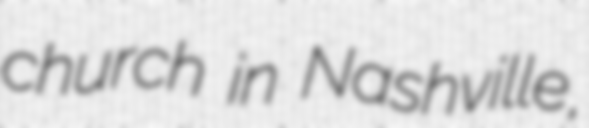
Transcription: church in Nashville,